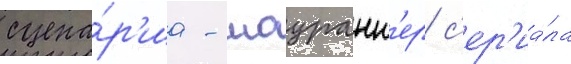
сцена́р'иа - шоуранн'ер с'ер'иа́ла